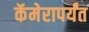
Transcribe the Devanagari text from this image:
कॅमेरापर्यंत